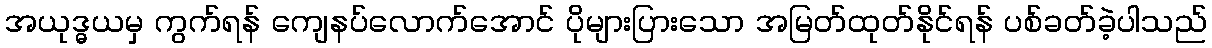
အယုဒ္ဓယမှ ကွက်ရန် ကျေနပ်လောက်အောင် ပိုများပြားသော အမြတ်ထုတ်နိုင်ရန် ပစ်ခတ်ခဲ့ပါသည်